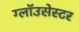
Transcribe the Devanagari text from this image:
ग्लॉउसेस्टर